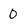
Character: 0